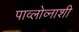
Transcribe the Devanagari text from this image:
पाव्लोव्नाशी